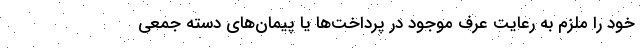
خود را ملزم به رعایت عرف موجود در پرداخت‌ها یا پیمان‌های دسته جمعی